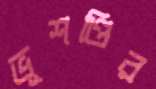
ভূশণ্ডির